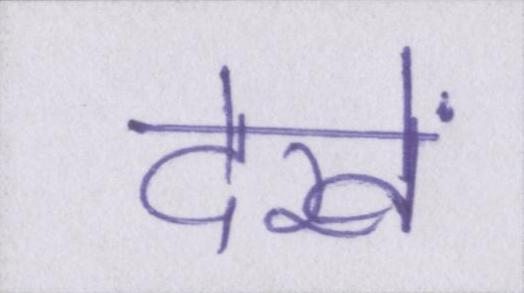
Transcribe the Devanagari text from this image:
देखें